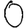
Digit: 0